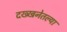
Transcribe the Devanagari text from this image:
दख्खनेतल्या